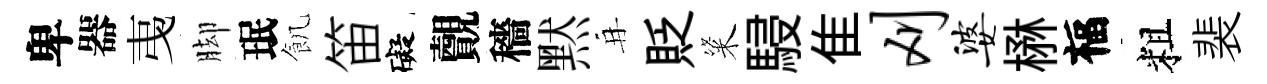
卑器𢎯脚珉飢笛礙覿穡黙再貶粢駸隹刈婆楙福粗裴